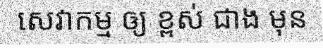
សេវាកម្ម ឲ្យ ខ្ពស់ ជាង មុន